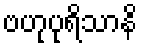
ဗဟုပုရိသာနိ